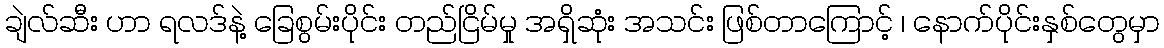
ချဲလ်ဆီး ဟာ ရလဒ်နဲ့ ခြေစွမ်းပိုင်း တည်ငြိမ်မှု အရှိဆုံး အသင်း ဖြစ်တာကြောင့် ၊ နောက်ပိုင်းနှစ်တွေမှာ